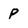
Character: p